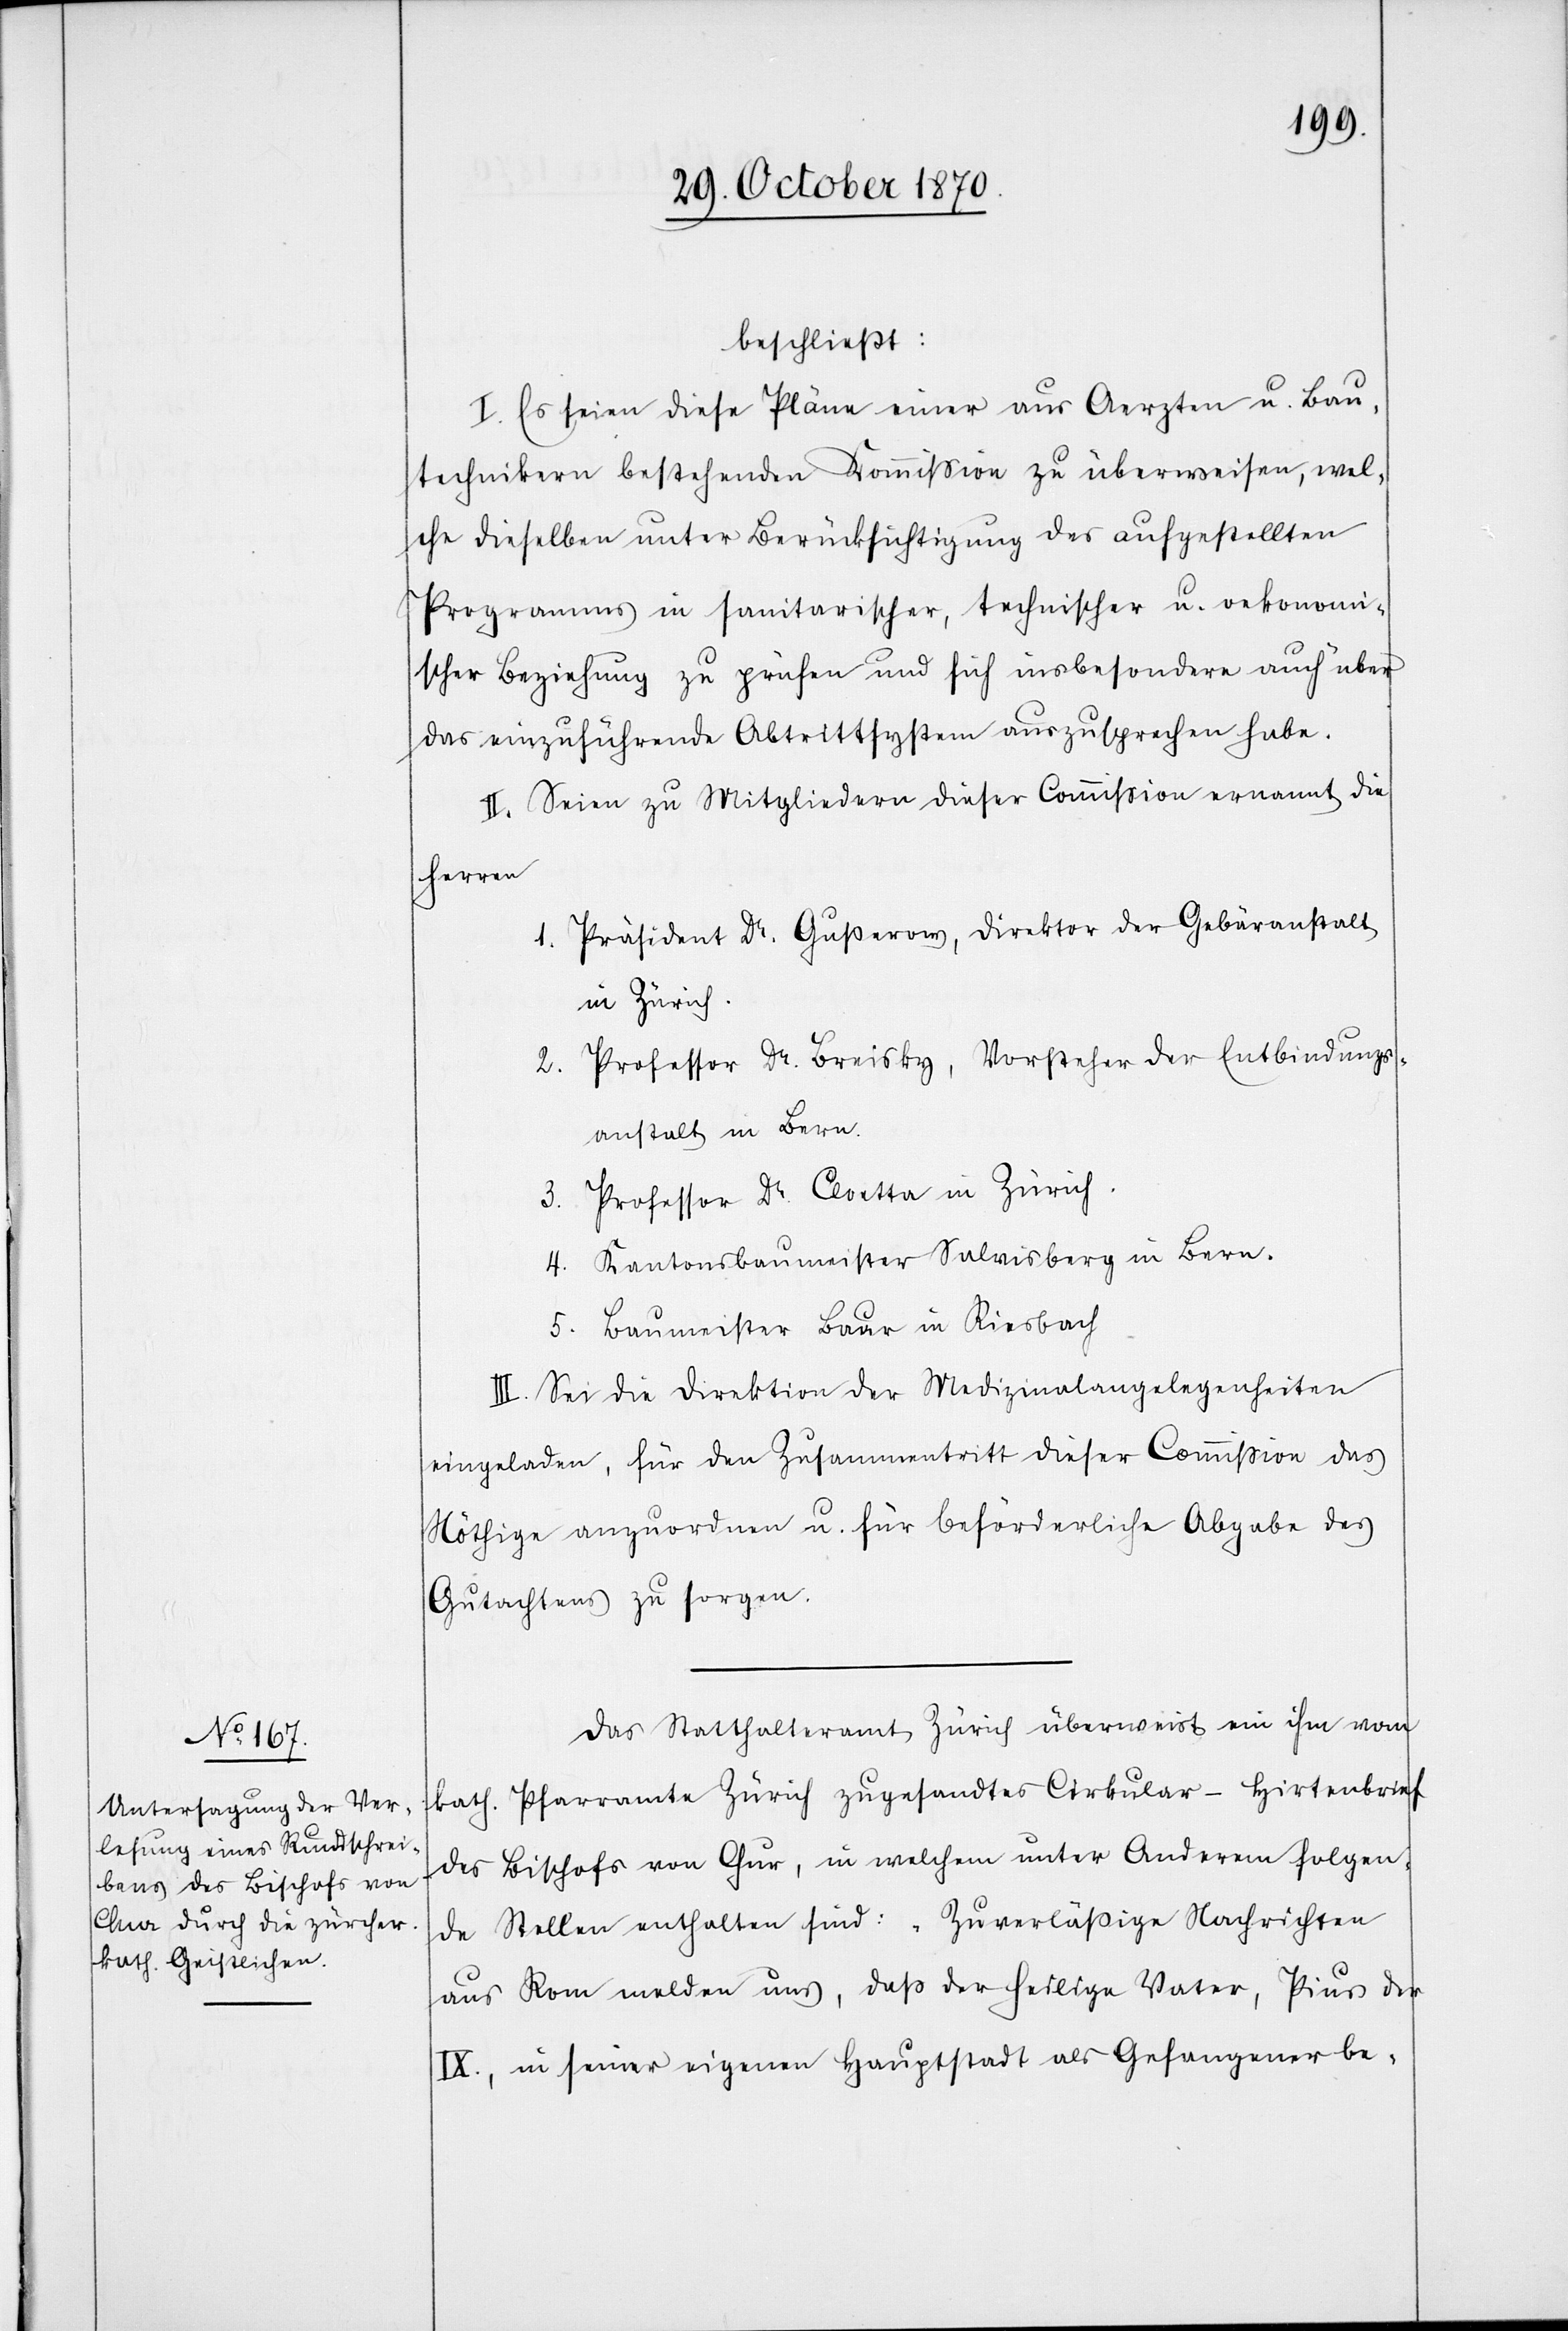
beschließt:
I. Es seien diese Pläne einer aus Aerzten u. Bau¬
technikern bestehenden Kommission zu überweisen, wel¬
che dieselben unter Berücksichtigung des aufgestellten
Programmes in sanitarischer, technischer u. oekonomi¬
scher Beziehung zu prüfen und sich insbesondere auch über
das einzuführende Abtrittsystem auszusprechen haben.
II. Seien zu Mitgliedern dieser Commißion ernannt die
Herren
1. Präsident Dr. Guserow, Direktor der Gebäranstalt
in Zürich.
2. Professor Dr. Breisky, Vorsteher der Entbindungs¬
anstalt in Bern.
3. Professor Dr. Cloetta in Zürich.
4. Kantonsbaumeister Salvisberg in Bern.
5. Baumeister Baur in Riesbach.
III. Sei die Direktion der Medizinalangelegenheiten
eingeladen, für den Zusammentritt dieser Commißion das
Nöthige anzuordnen u. für beförderliche Abgabe des
Gutachtens zu sorgen.
Das Statthalteramt Zürich überweist ein ihm vom
kath. Pfarramte Zürich zugesandter Cirkular-Hirtenbrief
des Bischofes von Chur, in welchem unter Anderem folgen¬
de Stellen enthalten sind: „Zuverlässige Nachrichten
aus Rom melden uns, daß der heilige Vater, Pius der
IX., in seiner eigenen Hauptstadt als Gefangener be-